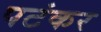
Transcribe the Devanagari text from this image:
पटंकर